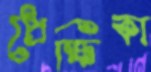
প্রেক্ষিকা